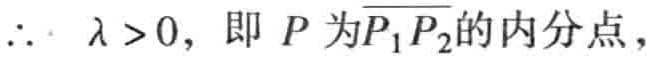
\(\therefore\ \lambda > 0,\) 即 \(P\) 为\(\overline{P_{1}P_{2}}\)的内分点，